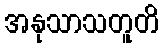
အနုသာသတူတိ